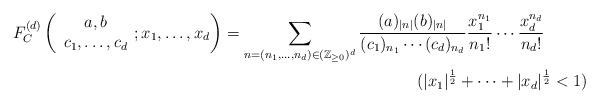
LaTeX: \begin{align*} F^{(d)}_C\left(\begin{array}{c}a,b\\c_1,\ldots,c_d\end{array};x_1,\ldots,x_d\right)&=\displaystyle{\sum_{n=(n_1,\ldots,n_d)\in(\mathbb{Z}_{\ge 0})^d}\frac{(a)_{|n|}(b)_{|n|}}{(c_1)_{n_1}\cdots (c_d)_{n_d}}\frac{x_1^{n_1}}{n_1!}\cdots \frac{x_d^{n_d}}{n_d!}}\\& \qquad\qquad\qquad\qquad\qquad\qquad(|x_1|^{\frac{1}{2}}+\cdots+|x_d|^{\frac{1}{2}}<1)\end{align*}